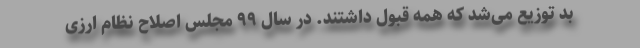
بد توزیع می‌شد که همه قبول داشتند. در سال ۹۹ مجلس اصلاح نظام ارزی